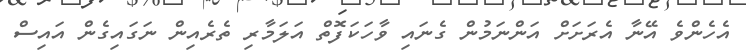
އެހެންވެ އޭނާ އެރަށަށް އަންނަމުން ގެނައި ވާހަކަފޮތް އަލަމާރި ތެރެއިން ނަގައިގެން އައިސް